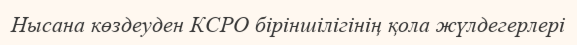
Нысана көздеуден КСРО біріншілігінің қола жүлдегерлері